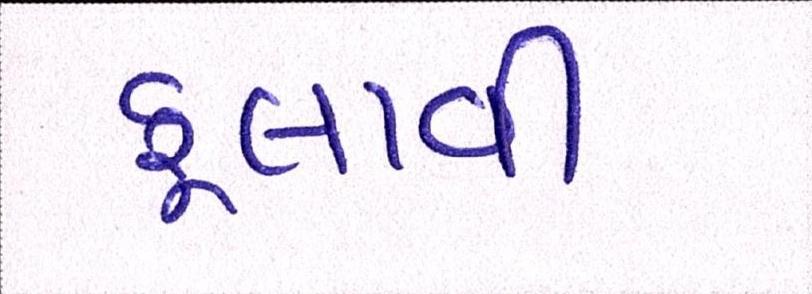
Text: ફુલાવી